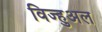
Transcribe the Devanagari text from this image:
विज्हुअल